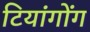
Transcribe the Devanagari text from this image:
टियांगोंग